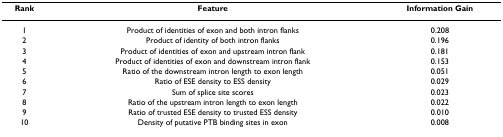
<table><thead><tr><td><b>Rank</b></td><td><b>Feature</b></td><td><b>Information Gain</b></td></tr></thead><tbody><tr><td>1</td><td>Product of identities of exon and both intron flanks</td><td>0.208</td></tr><tr><td>2</td><td>Product of identity of both intron flanks</td><td>0.196</td></tr><tr><td>3</td><td>Product of identities of exon and upstream intron flank</td><td>0.181</td></tr><tr><td>4</td><td>Product of identities of exon and downstream intron flank</td><td>0.153</td></tr><tr><td>5</td><td>Ratio of the downstream intron length to exon length</td><td>0.051</td></tr><tr><td>6</td><td>Ratio of ESE density to ESS density</td><td>0.029</td></tr><tr><td>7</td><td>Sum of splice site scores</td><td>0.023</td></tr><tr><td>8</td><td>Ratio of the upstream intron length to exon length</td><td>0.022</td></tr><tr><td>9</td><td>Ratio of trusted ESE density to trusted ESS density</td><td>0.010</td></tr><tr><td>10</td><td>Density of putative PTB binding sites in exon</td><td>0.008</td></tr></tbody></table>